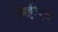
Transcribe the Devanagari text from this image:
मिट्टीयुक्त